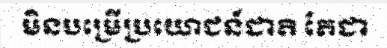
មិនបម្រើប្រយោជន៍ជាតិ តែជា